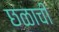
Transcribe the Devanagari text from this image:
छळाची